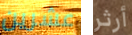
عشرين أرثر